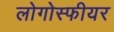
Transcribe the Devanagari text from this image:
लोगोस्फीयर